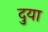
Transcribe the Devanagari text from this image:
दुया